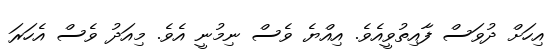
އިހަށް ދުވަސް ފާއިތުވީއެވެ. އިއްޔެ ވެސް ނިމުނީ އެވެ. މިއަދު ވެސް އެހަރަ